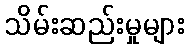
သိမ်းဆည်းမှုများ